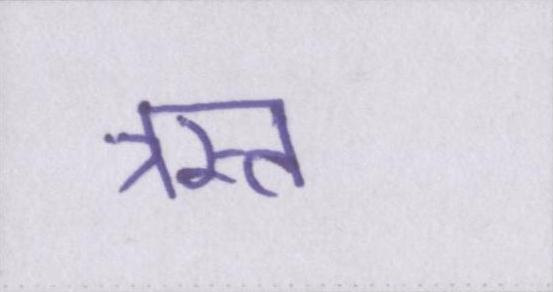
त्रस्त